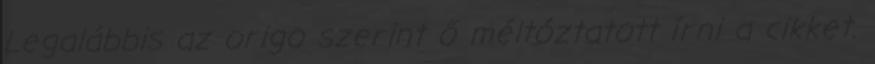
Legalábbis az origo szerint ő méltóztatott írni a cikket.